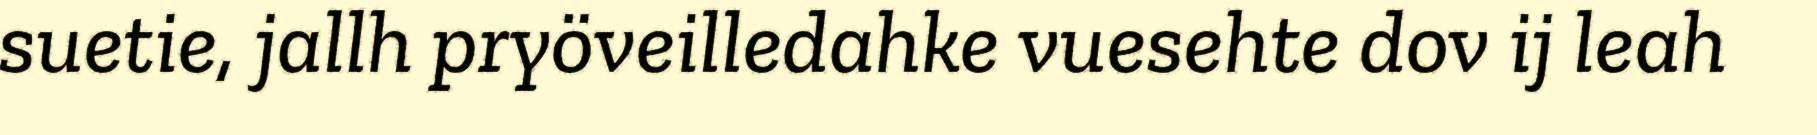
suetie, jallh pryöveilledahke vuesehte dov ij leah